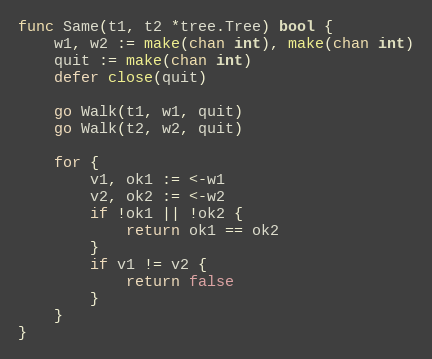
Language: Go
func Same(t1, t2 *tree.Tree) bool {
	w1, w2 := make(chan int), make(chan int)
	quit := make(chan int)
	defer close(quit)

	go Walk(t1, w1, quit)
	go Walk(t2, w2, quit)

	for {
		v1, ok1 := <-w1
		v2, ok2 := <-w2
		if !ok1 || !ok2 {
			return ok1 == ok2
		}
		if v1 != v2 {
			return false
		}
	}
}